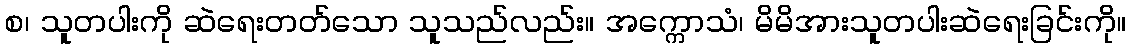
စ၊ သူတပါးကို ဆဲရေးတတ်သော သူသည်လည်း။ အက္ကောသံ၊ မိမိအားသူတပါးဆဲရေးခြင်းကို။